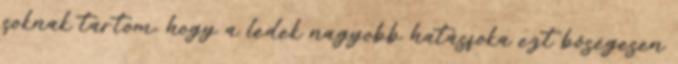
soknak tartom, hogy a ledek nagyobb hatásfoka ezt bõségesen